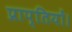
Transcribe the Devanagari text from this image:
प्राप्तियों।